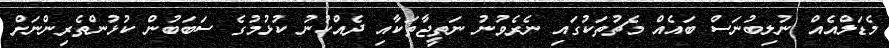
މެޑަލްއެއް ނުލިބުނަސް ބައެއް މެޗުތަކުގައި ނެރެވުނު ނަތީޖާތަކާއި ދެއްކުނު ކުޅުމުގެ ސަބަބުން ކުޅުންތެރިންނަށް